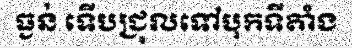
ធ្ងន់ ទើបជ្រុលទៅបុកទីតាំង